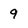
Character: 9